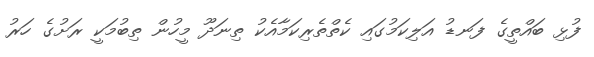
ފުޅި ބައްތީގެ ފަނޑު އަލިކަމުގައި ކެތްތެރިކަމާއެކު ތިނަދޫ މީހުން ތިބުމަކީ ރަށުގެ ހަރު